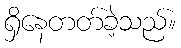
ရှိနေတတ်ခဲ့သည်။